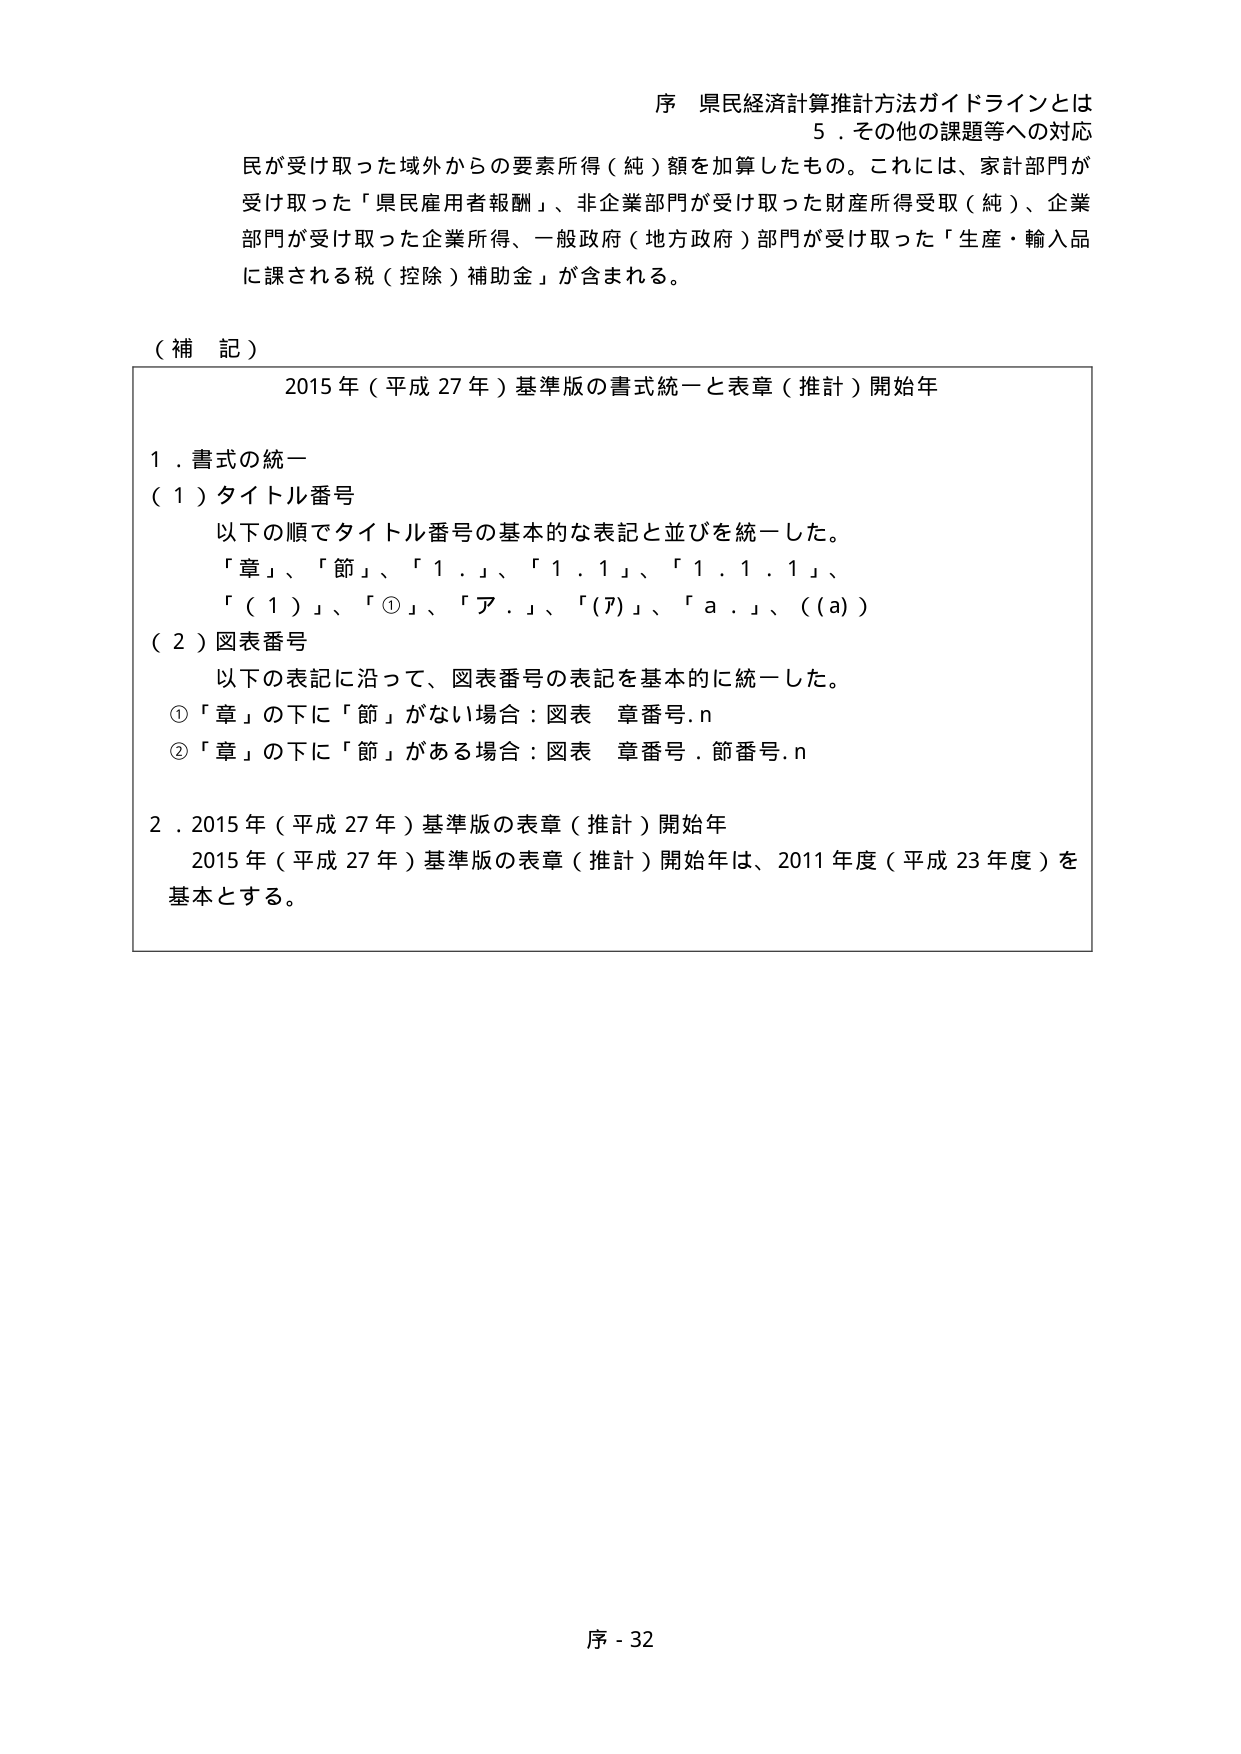
序 県民経済計算推計方法ガイドラインとは
5．その他の課題等への対応
民が受け取った域外からの要素所得（純）額を加算したもの。これには、家計部門が
受け取った「県民雇用者報酬」、非企業部門が受け取った財産所得受取（純）、企業
部門が受け取った企業所得、一般政府（地方政府）部門が受け取った「生産・輸入品
に課される税（控除）補助金」が含まれる。

（補 記）
2015年（平成27年）基準版の書式統一と表章（推計）開始年

1．書式の統一
（1）タイトル番号
以下の順でタイトル番号の基本的な表記と並びを統一した。
「章」、「節」、「1．」、「1．1」、「1．1．1」、
「（1）」、「①」、「ア．」、「(ｱ)」、「a．」、（(a)）

（2）図表番号
以下の表記に沿って、図表番号の表記を基本的に統一した。
①「章」の下に「節」がない場合：図表 章番号.n
②「章」の下に「節」がある場合：図表 章番号．節番号.n

2．2015年（平成27年）基準版の表章（推計）開始年
2015年（平成27年）基準版の表章（推計）開始年は、2011年度（平成23年度）を
基本とする。

序 - 32